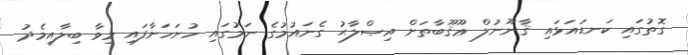
ގޮތުގައި ކަނޑައަޅައި ޤާނޫނުލް ޢޫޤޫބާތަށް އިޞްލާޙު ގެނައުމުގެ ނަމުގައި ހުށަހަށާފައި މިވާ ބިލާއިމެދު